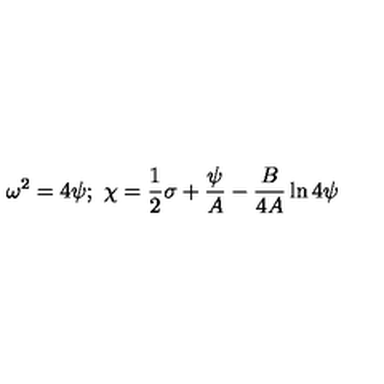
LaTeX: \omega ^ { 2 } = 4 \psi ; \ \chi = { \frac { 1 } { 2 } } \sigma + { \frac { \psi } { A } } - { \frac { B } { 4 A } } \ln 4 \psi